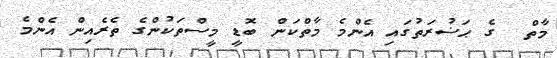
މާތް  ގެ ޙަޟުރަތުގައި އެންމެ މާތްކަން ބޮޑީ މީސްތަކުންގެ ތެރެއިން އެންމެ